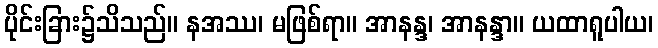
ပိုင်းခြား၌သိသည်။ နအဿ၊ မဖြစ်ရာ။ အာနန္ဒ၊ အာနန္ဒာ။ ယထာရူပါယ၊